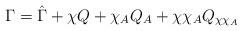
LaTeX: \begin{align*} \Gamma = \hat{\Gamma} + \chi Q + \chi_A Q_A + \chi \chi_A Q_{\chi \chi_A}\end{align*}